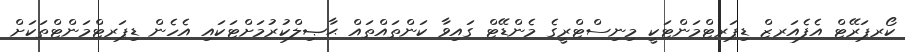
ކޯރޕަރޭޓް އެފެއަރޒް ޑިޕަރޓްމަންޓަކީ މިނިސްޓްރީގެ މެންޑޭޓް ގައިވާ ކަންތައްތައް ޙާޞިލްކުރުމަށްޓަކައި އެހެން ޑިޕަރޓްމަންޓްތަކަށް